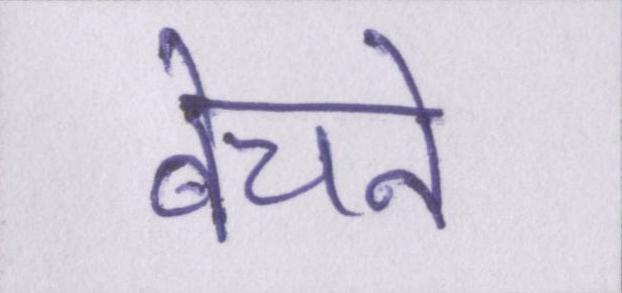
बेचने